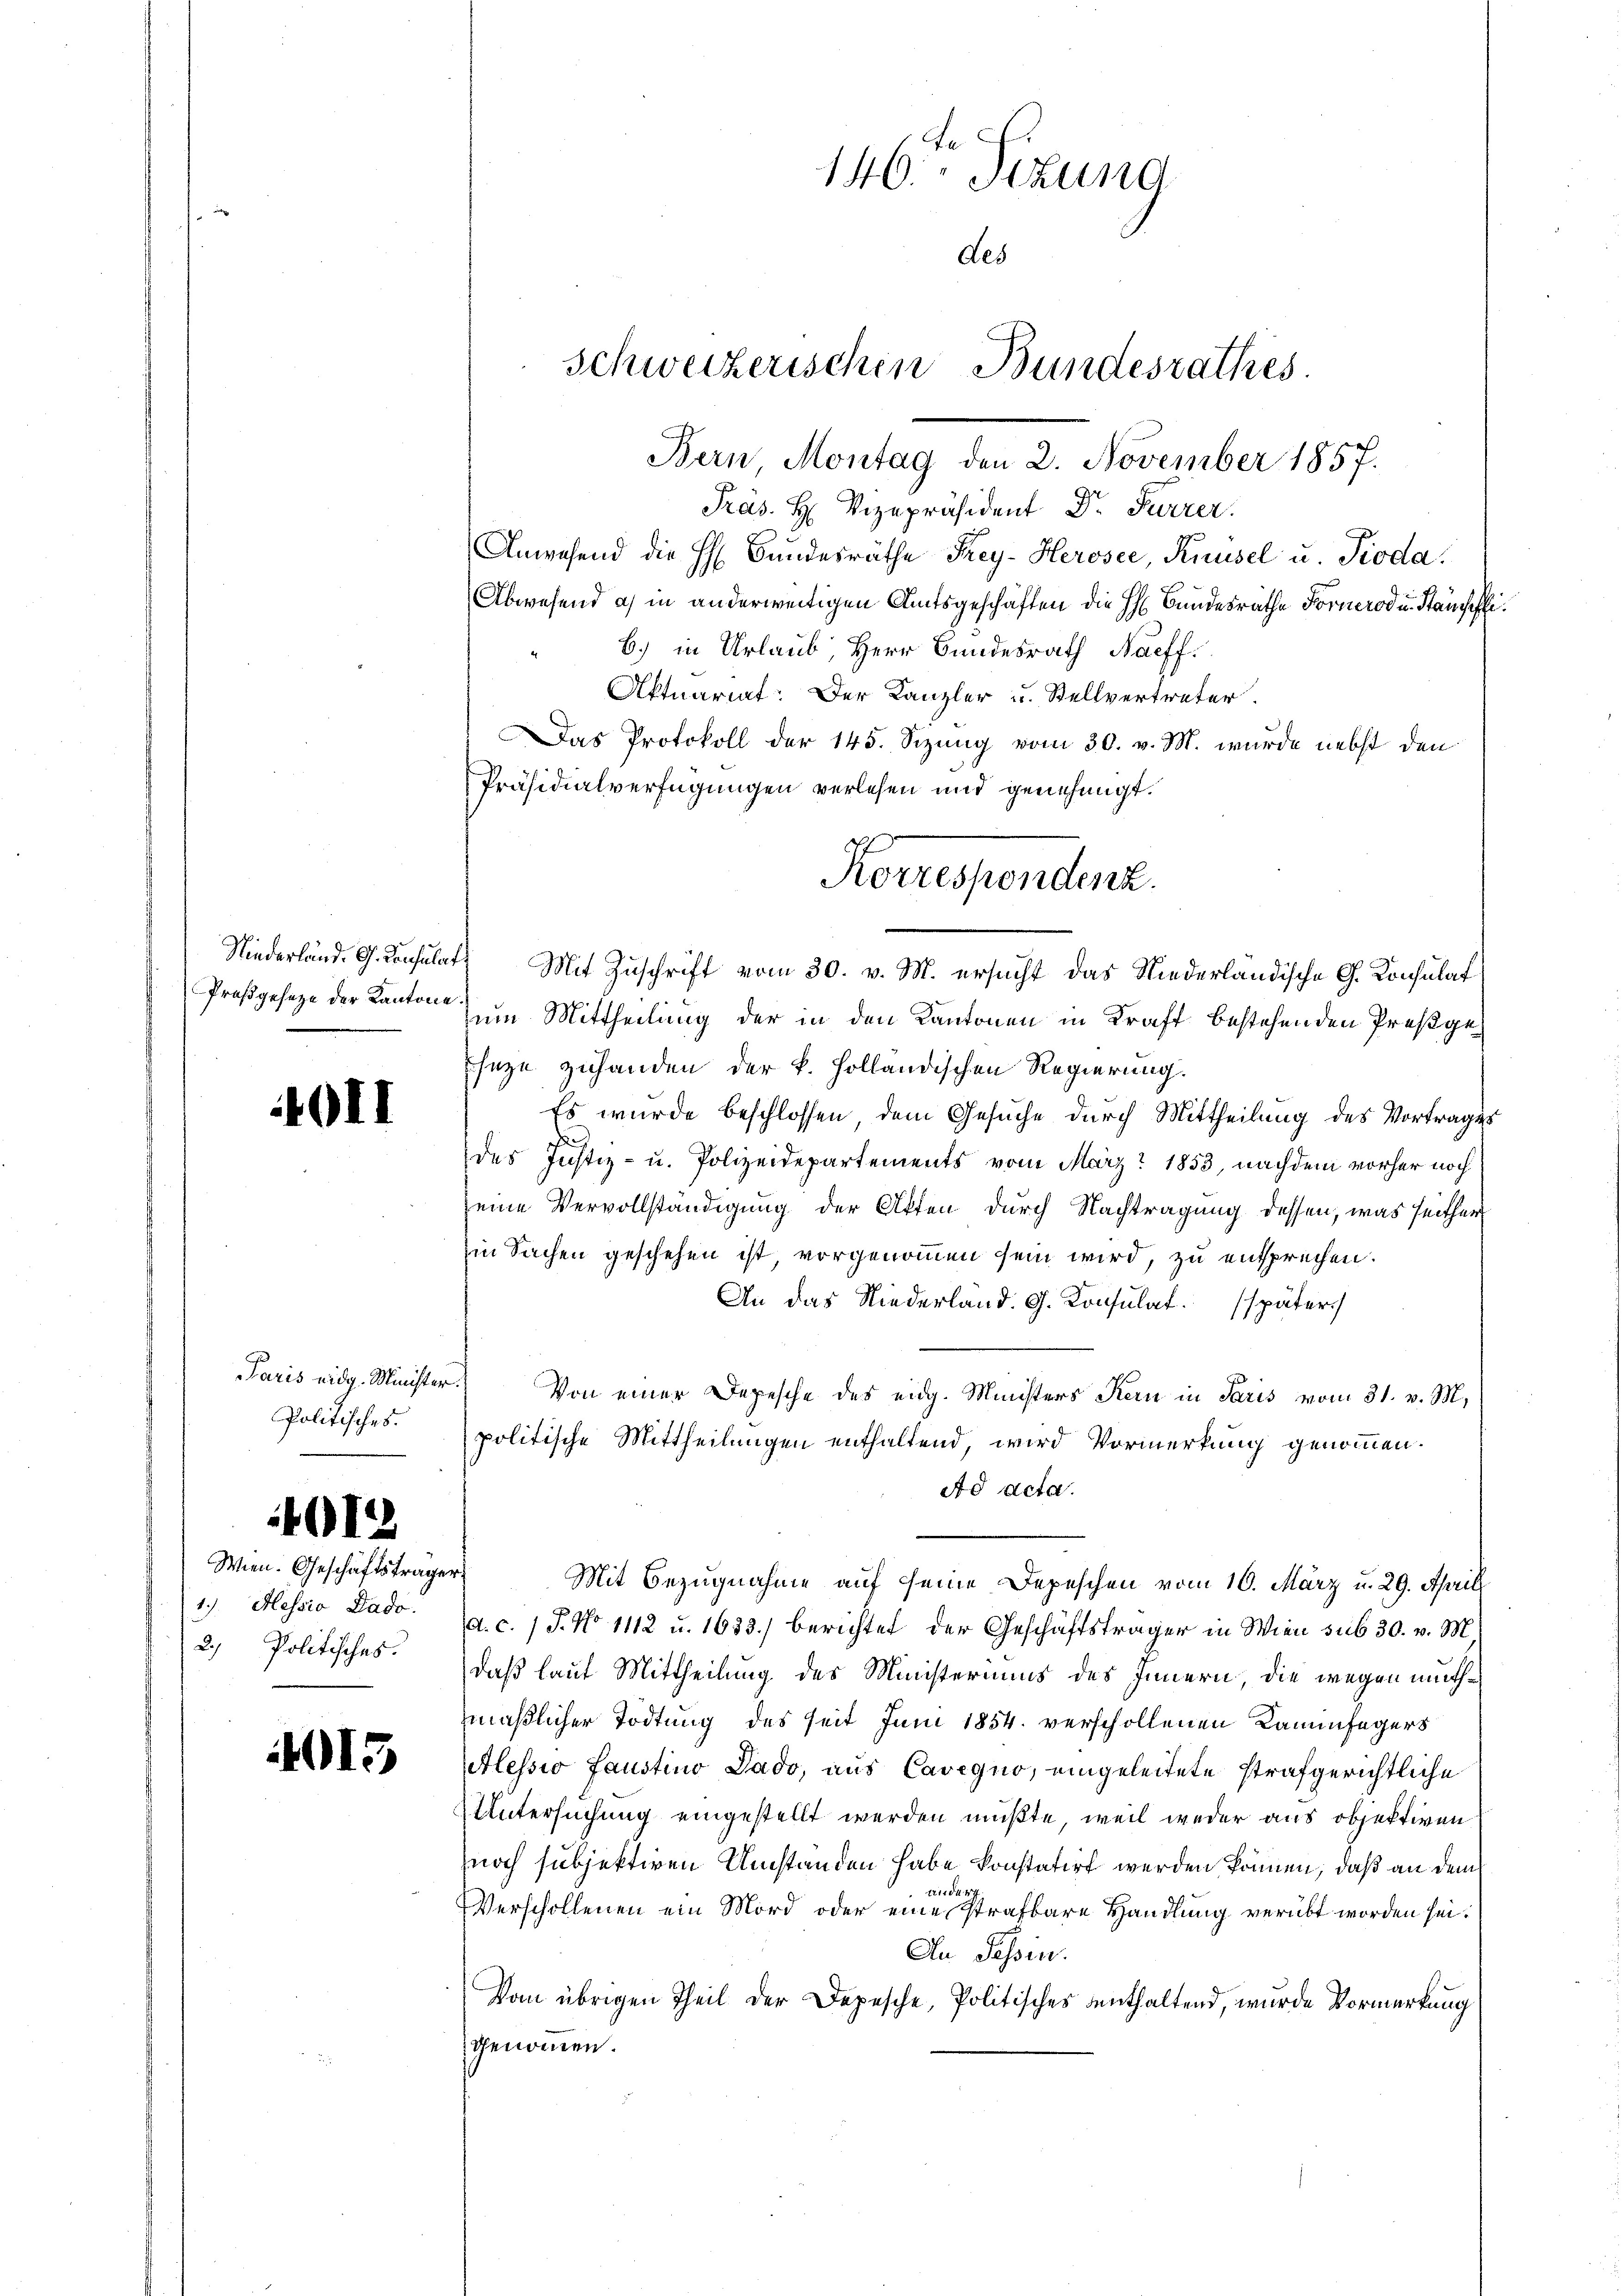
Proßgeseze der Kantone.

40II

Paris eidg. Minister.
Politisches.

4012

Wien. Geschäftstrages
1.) Hessio Bade
2.) Politisches.

4013.

Niederland. G. Konsulat. Mit Zuschrift vom 30. v. M. ersucht das Niederländische G. Konsulat

146ten Sizung
des
Schweizerischen Bundesrathes.
Bern Montag den 2. November 1857.

Präs. H. Vizepräsident Dr. Furrer.
Anwesend die H. Bundesräthe Frey-Herosee, Knüsel u. Pioda
Abwesend a) in anderweitigen Amtsgeschäften die H. Bundesräthe Fornerod u. Standschli
b.) in Urlaub, Herr Bundesrath Naeff.
Aktuariat: Der Kanzler u. Stellvertreter.
Das Protokoll der 145. Sizung vom 30. v. M. wurde nebst den
Präsidialverfügungen verlesen und genehmigt.
Korrespendenz.

zum Mittheilung der in den Kantonen in Kraft bestehenden Preßge¬
Eseze zuhanden der k. Holländischen Regierung.
Es wurde beschlossen dem Gesuche durch Mittheilung des Vortrages
u
des Justiz- u. Polizeidepartements vom März 1853, nachdem vorher noch
seine Vervollständigung der Akten durch Nachtragung dessen, was seither
in Sachen geschehen ist, vorgenommen sein wird, zu entsprechen.
An das Niederland. G. Konsulat später
Von einer Depesche des eidg. Ministers Kern in Paris vom 31. v. M.
politische Mittheilungen enthaltend, wird Vormerkung genommen.
Ad acta.
Mit Bezugnahme auf seine Depeschen vom 10. März u. 29. April
d. c. / J. No 1112 u. 1633. berichtet der Geschäftsträger in Wien sub 30. v. M.
daß laut Mittheilung des Ministeriums des Innern, die wegen muthmäßlicher Tödtung des seit Juni 1854 verschollenen Kaminfegers
Alessio Faustino Pado, aus Cavegno, eingeleitete strafgerichtliche
Untersuchung eingestellt werden mußte, weil weder aus objektiven
noch subjektiven Umstanden habe konstatirt werden können, daß an dem
tridere
Verschollenen ein Mord oder eine strafbare Handlung verübt worden sei.
An Tessin.
Vom übrigen Theil der Depesche, Politisches enthaltend, wurde Vormerkung
genommen.